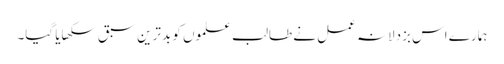
ہمارے اس بزدلانہ عمل نے طالبِ علموں کو بدترین سبق سکھایا گیا۔